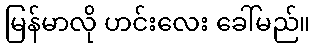
မြန်မာလို ဟင်းလေး ခေါ်မည်။